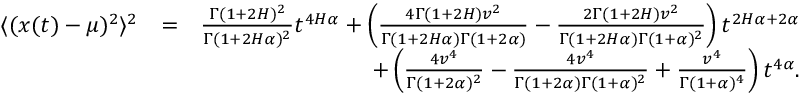
\begin{array} { r l r } { \langle ( x ( t ) - \mu ) ^ { 2 } \rangle ^ { 2 } } & { = } & { \frac { \Gamma ( 1 + 2 H ) ^ { 2 } } { \Gamma ( 1 + 2 H \alpha ) ^ { 2 } } t ^ { 4 H \alpha } + \left( \frac { 4 \Gamma ( 1 + 2 H ) v ^ { 2 } } { \Gamma ( 1 + 2 H \alpha ) \Gamma ( 1 + 2 \alpha ) } - \frac { 2 \Gamma ( 1 + 2 H ) v ^ { 2 } } { \Gamma ( 1 + 2 H \alpha ) \Gamma ( 1 + \alpha ) ^ { 2 } } \right) t ^ { 2 H \alpha + 2 \alpha } } \\ & { } & { + \left( \frac { 4 v ^ { 4 } } { \Gamma ( 1 + 2 \alpha ) ^ { 2 } } - \frac { 4 v ^ { 4 } } { \Gamma ( 1 + 2 \alpha ) \Gamma ( 1 + \alpha ) ^ { 2 } } + \frac { v ^ { 4 } } { \Gamma ( 1 + \alpha ) ^ { 4 } } \right) t ^ { 4 \alpha } . } \end{array}